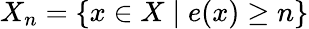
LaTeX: X_{n}=\{ x\in X\mid e(x)\geq n\}